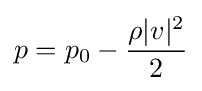
p=p_{0}-{\frac {\rho |v|^{2}}{2}}